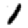
Digit: 1